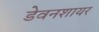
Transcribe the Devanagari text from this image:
डेवनशायर